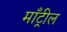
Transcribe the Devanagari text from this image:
माँट्रील